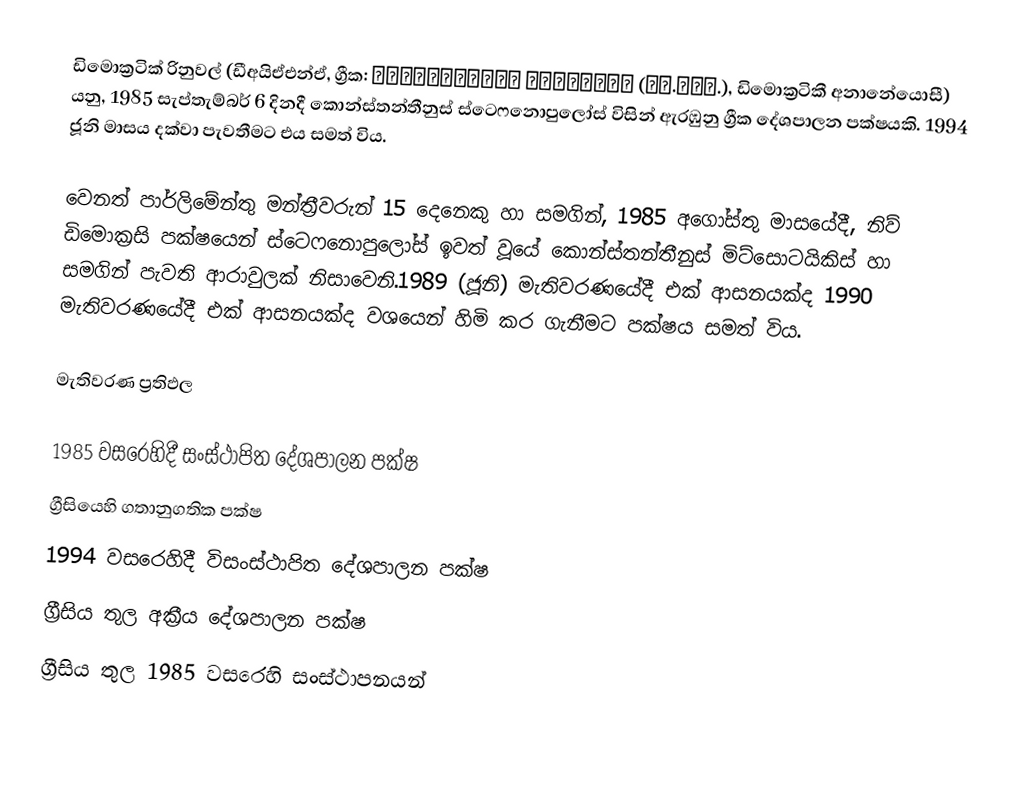
ඩිමොක්‍රටික් රිනුවල් (ඩීඅයිඒඑන්ඒ, ග්‍රීක: Δημοκρατική Ανανέωση (ΔΗ.ΑΝΑ.), ඩිමොක්‍රටිකී අනානේයොසී) යනු,  1985 සැප්තැම්බර් 6 දිනදී කොන්ස්තන්තීනුස් ස්ටෙෆනොපුලෝස් විසින් ඇරඹුනු ග්‍රීක දේශපාලන පක්ෂයකි.  1994 ජූනි මාසය දක්වා පැවතීමට එය සමත් විය.

වෙනත් පාර්ලිමේන්තු මන්ත්‍රීවරුන් 15 දෙනෙකු හා සමගින්, 1985 අගෝස්තු මාසයේදී,  නිව් ඩිමොක්‍රසි පක්ෂයෙන්  ස්ටෙෆනොපුලෝස් ඉවත් වූයේ කොන්ස්තන්තීනුස් මිට්සොටයිකිස් හා සමගින් පැවති ආරාවුලක් නිසාවෙනි.1989 (ජූනි) මැතිවරණයේදී එක් ආසනයක්ද  1990 මැතිවරණයේදී එක් ආසනයක්ද වශයෙන් හිමි කර ගැනීමට පක්ෂය සමත් විය.

මැතිවරණ ප්‍රතිඵල

 1985 වසරෙහිදී සංස්ථාපිත දේශපාලන පක්ෂ
ග්‍රීසියෙහි ගතානුගතික පක්ෂ
 1994 වසරෙහිදී විසංස්ථාපිත දේශපාලන පක්ෂ
ග්‍රීසිය තුල අක්‍රීය දේශපාලන පක්ෂ
ග්‍රීසිය තුල 1985 වසරෙහි සංස්ථාපනයන්